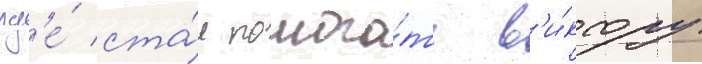
гд'е́ ста́л помога́ть в'и́ктору